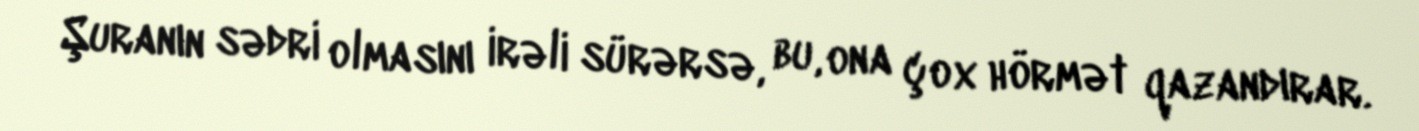
Şuranın sədri olmasını irəli sürərsə, bu, ona çox hörmət qazandırar.